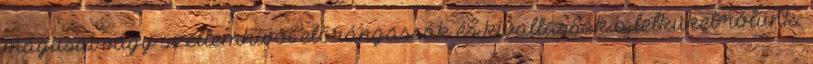
mágusai vagy szellemhívói előrángassák és kivallassák a lelküket rólunk.